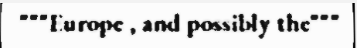
"""Europe , and possibly the"""